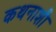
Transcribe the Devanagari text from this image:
कथनाशी